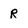
Character: R